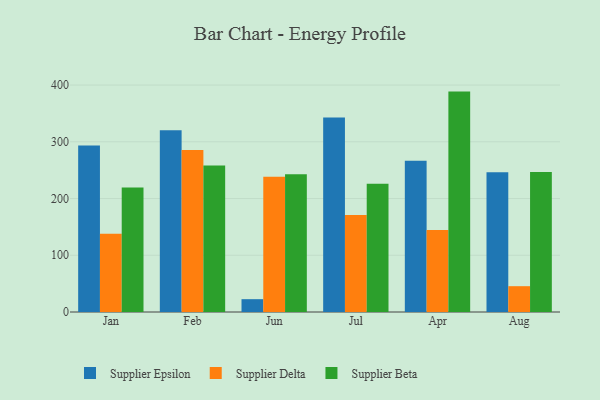
{"axis": {"x": "Month", "y": "Net Income (USD K)"}, "legend": ["Supplier Beta", "Supplier Delta", "Supplier Epsilon"], "data": [{"x": "Jan", "y": 293.3, "type": "Supplier Epsilon"}, {"x": "Jan", "y": 138.0, "type": "Supplier Delta"}, {"x": "Jan", "y": 219.5, "type": "Supplier Beta"}, {"x": "Feb", "y": 320.4, "type": "Supplier Epsilon"}, {"x": "Feb", "y": 285.5, "type": "Supplier Delta"}, {"x": "Feb", "y": 258.1, "type": "Supplier Beta"}, {"x": "Jun", "y": 22.6, "type": "Supplier Epsilon"}, {"x": "Jun", "y": 238.3, "type": "Supplier Delta"}, {"x": "Jun", "y": 243.0, "type": "Supplier Beta"}, {"x": "Jul", "y": 343.0, "type": "Supplier Epsilon"}, {"x": "Jul", "y": 171.1, "type": "Supplier Delta"}, {"x": "Jul", "y": 226.0, "type": "Supplier Beta"}, {"x": "Apr", "y": 266.8, "type": "Supplier Epsilon"}, {"x": "Apr", "y": 144.4, "type": "Supplier Delta"}, {"x": "Apr", "y": 388.5, "type": "Supplier Beta"}, {"x": "Aug", "y": 246.5, "type": "Supplier Epsilon"}, {"x": "Aug", "y": 45.5, "type": "Supplier Delta"}, {"x": "Aug", "y": 246.6, "type": "Supplier Beta"}]}